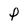
Character: P